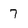
Character: 7